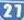
27